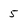
Character: 5